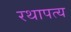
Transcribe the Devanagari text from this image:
रथापत्य